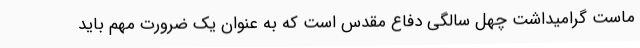
ماست گرامیداشت چهل سالگی دفاع مقدس است که به عنوان یک ضرورت مهم باید